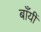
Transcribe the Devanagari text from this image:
बाँयीं